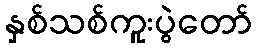
နှစ်သစ်ကူးပွဲတော်